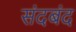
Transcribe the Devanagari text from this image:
संदबंद